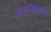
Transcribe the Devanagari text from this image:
सोनटक्क्यांचे